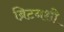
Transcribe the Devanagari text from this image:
ब्रिटनशी